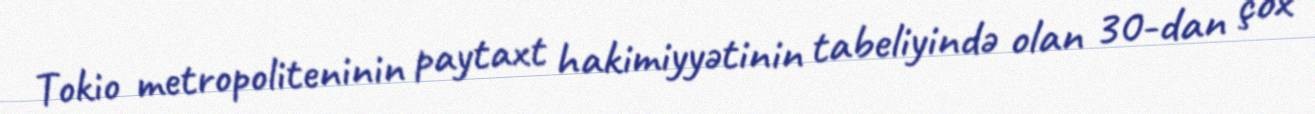
Tokio metropoliteninin paytaxt hakimiyyətinin tabeliyində olan 30-dan çox